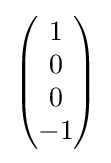
{\begin{pmatrix}1\\0\\0\\-1\end{pmatrix}}